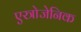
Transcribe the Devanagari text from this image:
एस्त्रोजेनिक